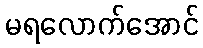
မရလောက်အောင်